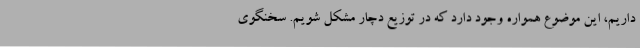
داریم، این موضوع همواره وجود دارد که در توزیع دچار مشکل شویم. سخنگوی